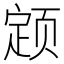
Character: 𬱫